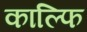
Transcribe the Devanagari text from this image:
काल्फि